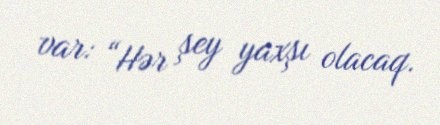
var: “Hər şey yaxşı olacaq.